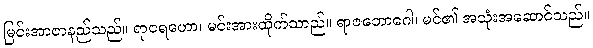
မြင်းအာဇာနည်သည်။ ရာဇရဟော၊ မင်းအားထိုက်သာည်။ ရာဇဘောဂေါ၊ မင်၏ အသုံးအဆောင်သည်။